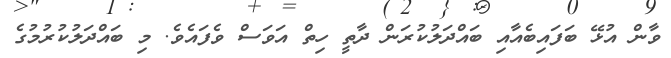
ވާން އުޅޭ ބަފައިބެއާއި ބައްދަލުކުރަން ދާތީ ހިތް އަވަސް ވެފައެވެ. މި ބައްދަލުކުރުމުގެ